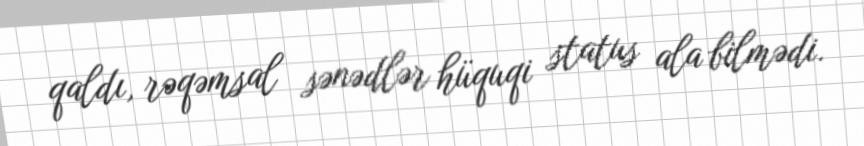
qaldı, rəqəmsal sənədlər hüquqi status ala bilmədi.